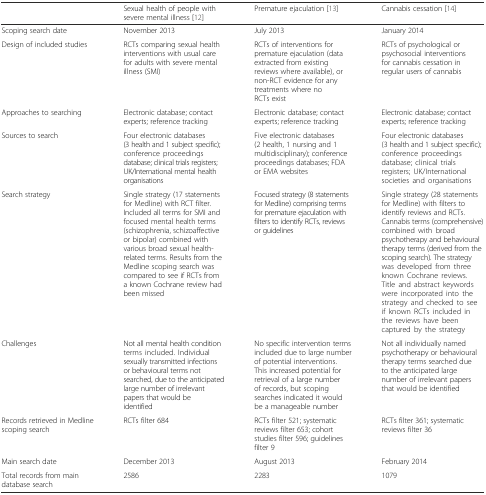
<table><thead><tr><td></td><td><b>Sexual health of people with severe mental illness [12]</b></td><td><b>Premature ejaculation [13]</b></td><td><b>Cannabis cessation [14]</b></td></tr></thead><tbody><tr><td>Scoping search date</td><td>November 2013</td><td>July 2013</td><td>January 2014</td></tr><tr><td>Design of included studies</td><td>RCTs comparing sexual health interventions with usual care for adults with severe mental illness (SMI)</td><td>RCTs of interventions for premature ejaculation (data extracted from existing reviews where available), or non-RCT evidence for any treatments where no RCTs exist</td><td>RCTs of psychological or psychosocial interventions for cannabis cessation in regular users of cannabis</td></tr><tr><td>Approaches to searching</td><td>Electronic database; contact experts; reference tracking</td><td>Electronic database; contact experts; reference tracking</td><td>Electronic database; contact experts; reference tracking</td></tr><tr><td>Sources to search</td><td>Four electronic databases (3 health and 1 subject specific); conference proceedings database; clinical trials registers; UK/International mental health organisations</td><td>Five electronic databases (2 health, 1 nursing and 1 multidisciplinary); conference proceedings databases; FDA or EMA websites</td><td>Four electronic databases (3 health and 1 subject specific); conference proceedings database; clinical trials registers; UK/International societies and organisations</td></tr><tr><td>Search strategy</td><td>Single strategy (17 statements for Medline) with RCT filter. Included all terms for SMI and focused mental health terms (schizophrenia, schizoaffective or bipolar) combined with various broad sexual health-related terms. Results from the Medline scoping search was compared to see if RCTs from a known Cochrane review had been missed</td><td>Focused strategy (8 statements for Medline) comprising terms for premature ejaculation with filters to identify RCTs, reviews or guidelines</td><td>Single strategy (28 statements for Medline) with filters to identify reviews and RCTs. Cannabis terms (comprehensive) combined with broad psychotherapy and behavioural therapy terms (derived from the scoping search). The strategy was developed from three known Cochrane reviews. Title and abstract keywords were incorporated into the strategy and checked to see if known RCTs included in the reviews have been captured by the strategy</td></tr><tr><td>Challenges</td><td>Not all mental health condition terms included. Individual sexually transmitted infections or behavioural terms not searched, due to the anticipated large number of irrelevant papers that would be identified</td><td>No specific intervention terms included due to large number of potential interventions. This increased potential for retrieval of a large number of records, but scoping searches indicated it would be a manageable number</td><td>Not all individually named psychotherapy or behavioural therapy terms searched due to the anticipated large number of irrelevant papers that would be identified</td></tr><tr><td>Records retrieved in Medline scoping search</td><td>RCTs filter 684</td><td>RCTs filter 521; systematic reviews filter 653; cohort studies filter 596; guidelines filter 9</td><td>RCTs filter 361; systematic reviews filter 36</td></tr><tr><td>Main search date</td><td>December 2013</td><td>August 2013</td><td>February 2014</td></tr><tr><td>Total records from main database search</td><td>2586</td><td>2283</td><td>1079</td></tr></tbody></table>